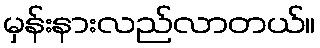
မှန်းနားလည်လာတယ်။